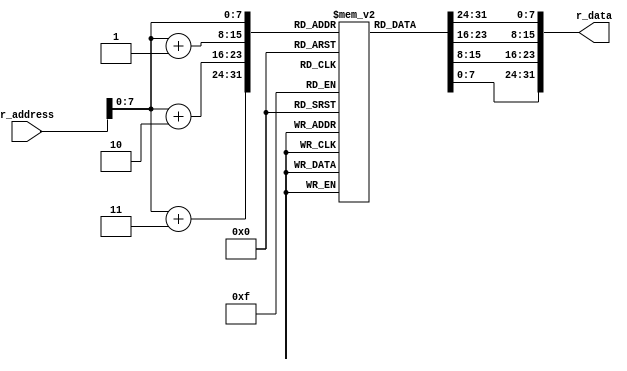
`timescale 1ns / 1ps
//////////////////////////////////////////////////////////////////////////////////
// Company: 
// Engineer: 
// 
// Design Name: 
// Module Name: INST_MEM
// Project Name: 
// Target Devices: 
// Tool Versions: 
// Description: 
// 
// Dependencies: 
// 
// Revision:
// Revision 0.01 - File Created
// Additional Comments:
// 
//////////////////////////////////////////////////////////////////////////////////


module INST_MEM(r_address, r_data);
    input  [31:0] r_address;
    output [31:0] r_data;
    reg [7:0] inst_mem [255:0];

    integer i;
    initial begin
		  for (i = 32; i <= 255; i = i + 1) begin
				inst_mem[i] <= 8'b0;
          end
													 // PC : Instruction @@ : Meaning
		  {inst_mem[0],  inst_mem[1],  inst_mem[2],  inst_mem[3]}    <= 32'b100011_11111_00001_0000000000000001;   //  0 : lw  $1, 1(M)     : $1 = M[1] (=  1)
		  {inst_mem[4],  inst_mem[5],  inst_mem[6],  inst_mem[7]}    <= 32'b100011_11111_00010_0000000000000010;   //  4 : lw  $2, 2(M)     : $2 = M[2] (= 11)
		  {inst_mem[8],  inst_mem[9],  inst_mem[10], inst_mem[11]}   <= 32'b100011_11111_00011_0000000000000011;   //  8 : lw  $3, 3(M)     : $3 = M[3] (=  0)
		  {inst_mem[12], inst_mem[13], inst_mem[14], inst_mem[15]}   <= 32'b000000_00010_00001_00010_00000_100010; // 12 : sub $2, $2, $1   : $2 -= $1
		  {inst_mem[16], inst_mem[17], inst_mem[18], inst_mem[19]}   <= 32'b000000_00011_00010_00011_00000_100000; // 16 : add $3, $3, $2   : $3 += $2
		  {inst_mem[20], inst_mem[21], inst_mem[22], inst_mem[23]}   <= 32'b000100_00010_11111_0000000000000001;   // 20 : beq $2, M, 1     : if M == $2 then PC = 24 + 4 else PC = 24
		  {inst_mem[24], inst_mem[25], inst_mem[26], inst_mem[27]}   <= 32'b000010_00000000000000000000000011;     // 24 : jump 3           : PC = 12
		  {inst_mem[28], inst_mem[29], inst_mem[30], inst_mem[31]}   <= 32'b101011_11111_00011_0000000000000011;   // 28 : sw  $3, 3(M)     : M[3] = $3
													 // Result: M[3] = 10 + 9 + ... + 1 = 55 = 32'h37
    end

    assign r_data = {inst_mem[r_address], inst_mem[r_address+1], inst_mem[r_address+2], inst_mem[r_address+3]};
    
endmodule